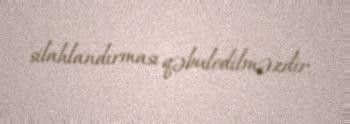
silahlandırması qəbuledilməzdir.